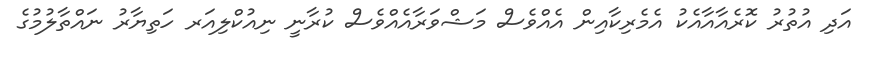
އަދި އުތުރު ކޮރެއާއާއެކު އެމެރިކާއިން އެއްވެސް މަޝްވަރާއެއްވެސް ކުރާނީ ނިއުކްލިއަރ ހަތިޔާރު ނައްތާލުމުގެ